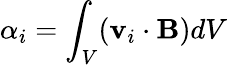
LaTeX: \alpha_{i}=\int_{V}(\mathbf{v}_{i}\cdot\mathbf{B})dV